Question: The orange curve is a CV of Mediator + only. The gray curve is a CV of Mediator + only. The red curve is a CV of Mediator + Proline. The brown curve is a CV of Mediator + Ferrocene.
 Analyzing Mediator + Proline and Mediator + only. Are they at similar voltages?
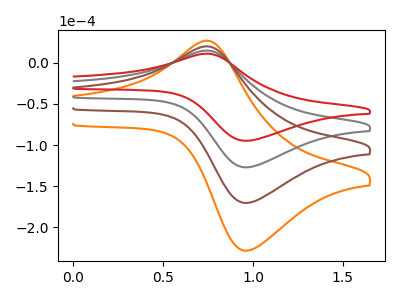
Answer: <think>The orange curve "Mediator + only" has an anodic peak at (0.75V, 44.65uA) and a cathodic peak at (0.95V, -380.90uA). The gray curve "Mediator + only" has an anodic peak at (0.75V, 14.90uA) and a cathodic peak at (0.95V, -126.95uA). The red curve "Mediator + Proline" has an anodic peak at (0.75V, 11.10uA) and a cathodic peak at (0.95V, -94.70uA). The brown curve "Mediator + Ferrocene" has an anodic peak at (0.75V, 29.75uA) and a cathodic peak at (0.95V, -253.90uA).
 All the peaks in "Mediator + Proline" have a peak in "Mediator + only" at the same potential. Every peak in "Mediator + Proline" is lower than every peak in "Mediator + only".</think>
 <answer>"Mediator + Proline" and "Mediator + only" are similar in shape.</answer>
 <eval>same_shape</eval>